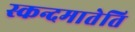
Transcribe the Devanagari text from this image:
स्कन्दमातेति